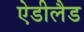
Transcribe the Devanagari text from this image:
ऐडीलैड